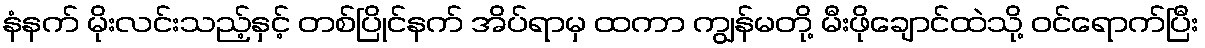
နံနက် မိုးလင်းသည့်နှင့် တစ်ပြိုင်နက် အိပ်ရာမှ ထကာ ကျွန်မတို့ မီးဖိုချောင်ထဲသို့ ဝင်ရောက်ပြီး